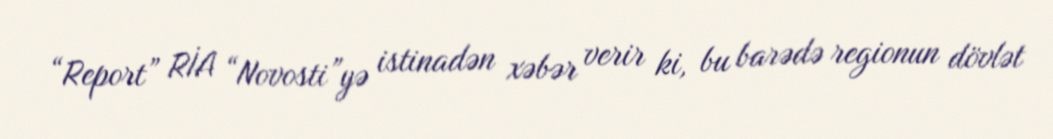
“Report” RİA “Novosti”yə istinadən xəbər verir ki, bu barədə regionun dövlət